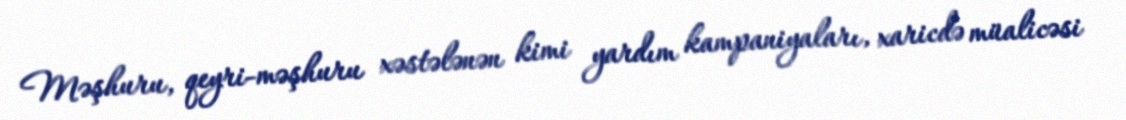
Məşhuru, qeyri-məşhuru xəstələnən kimi yardım kampaniyaları, xaricdə müalicəsi